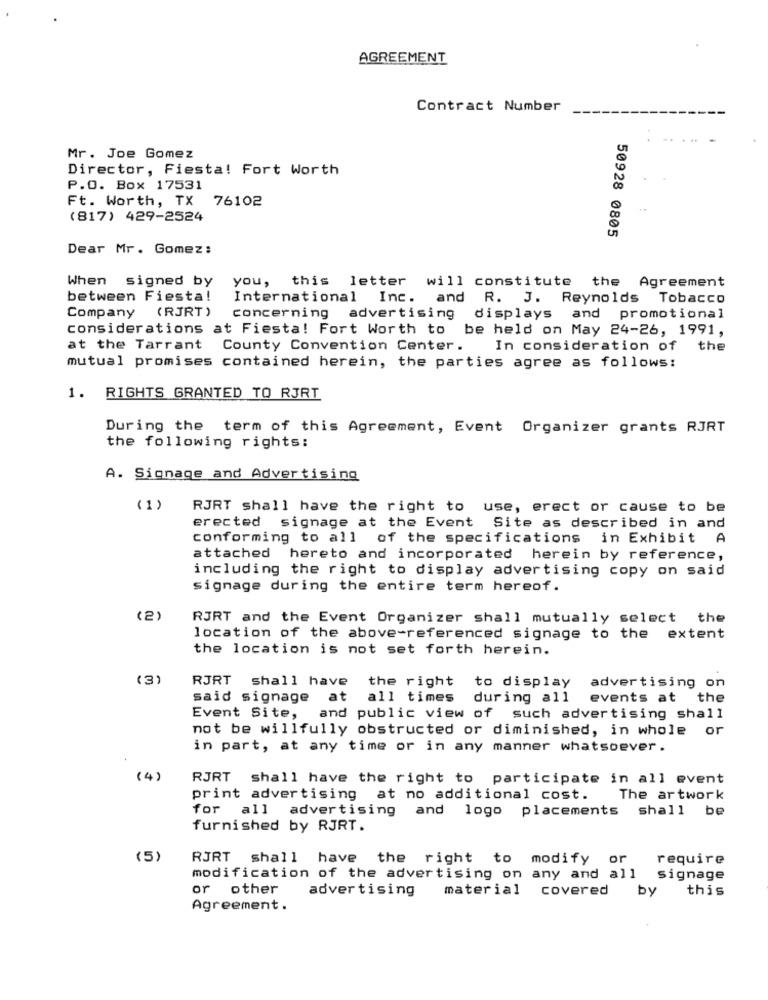
AGREEMENT
Contract Number
Mr. Joe Gomez
Director, Fiesta! Fort Worth
P.O. Box 17531
Ft. Worth, TX 76102
(817) 429-2524
50928 0805
Dear Mr. Gomez:
When signed by
you, this letter will constitute
the Agreement
between Fiesta!
International Inc. and
R. J. Reynolds Tobacco
Company (RJRT)
concerning
advertising displays and promotional
considerations at Fiesta! Fort Worth to be held on May 24-26, 1991,
at the Tarrant
County Convention Center.
In consideration of the
mutual promises contained herein, the parties agree as follows:
1.
RIGHTS GRANTED TO RJRT
During the term of this Agreement, Event Organizer grants RJRT
the following rights:
A. Signage and Advertising
(1)
RJRT shall have the right to use, erect or cause to be
erected
signage at the Event Site as described in and
conforming to all of the specifications in Exhibit A
attached hereto and incorporated herein by reference,
including the right to display advertising copy on said
signage during the entire term hereof.
(2)
RJRT and the Event Organizer shall mutually select the
location of the above-referenced signage to the extent
the location is not set forth herein.
(3)
RJRT
shall have
the right
to display
advertising on
said signage at
all times
during all
events at
the
Event Site,
and public view of such advertising shall
not be willfully obstructed or diminished, in whole or
in part, at any time or in any manner whatsoever.
(4)
RJRT shall have the right to participate in all event
print advertising at no additional cost.
The artwork
for all advertising and logo placements shall be
furnished by RJRT.
(5)
RJRT shall have
the right to modify or
require
modification of the advertising on any and all signage
or other
advertising
material covered by
this
Agreement.